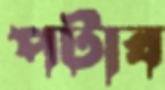
পটাব